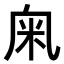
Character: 𥸫